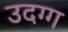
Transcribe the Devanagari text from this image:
उदग्ग